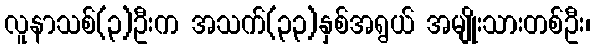
လူနာသစ်(၃)ဦးက အသက်(၃၃)နှစ်အရွယ် အမျိုးသားတစ်ဦး၊